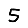
Digit: 5